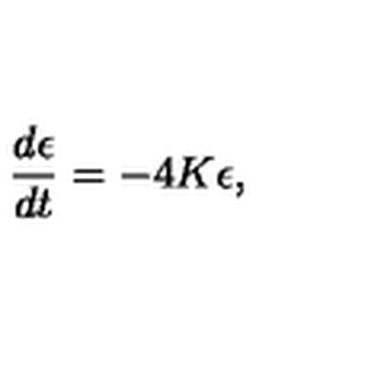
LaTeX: \frac { d \epsilon } { d t } = - 4 K \epsilon ,